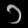
Digit: ၁